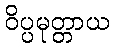
ဝိပ္ပမုတ္တာယ